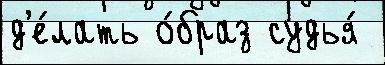
д'е́лать о́браз судья́